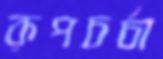
রূপচর্চা